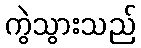
ကွဲသွားသည်